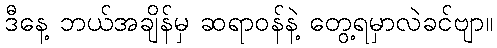
ဒီနေ့ ဘယ်အချိန်မှ ဆရာဝန်နဲ့ တွေ့ရမှာလဲခင်ဗျာ။